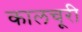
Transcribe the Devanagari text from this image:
कालचूरी